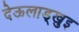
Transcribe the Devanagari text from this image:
देऊलाड्खुइ